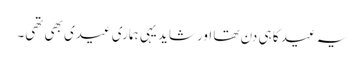
یہ عید کا ہی دن تھا اور شاید یہی ہماری عیدی بھی تھی۔